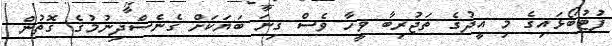
ފުޓުބޯޅައިގެ މި އީދުގެ ތަޖުރިބާ ވީހާ ވެސް ގިނަ ބަޔަކަށް ގެނެސްދިނުމުގެ ގޮތުން